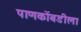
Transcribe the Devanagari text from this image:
पाणकोंबडीला